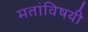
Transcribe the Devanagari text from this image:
मतांविषयी